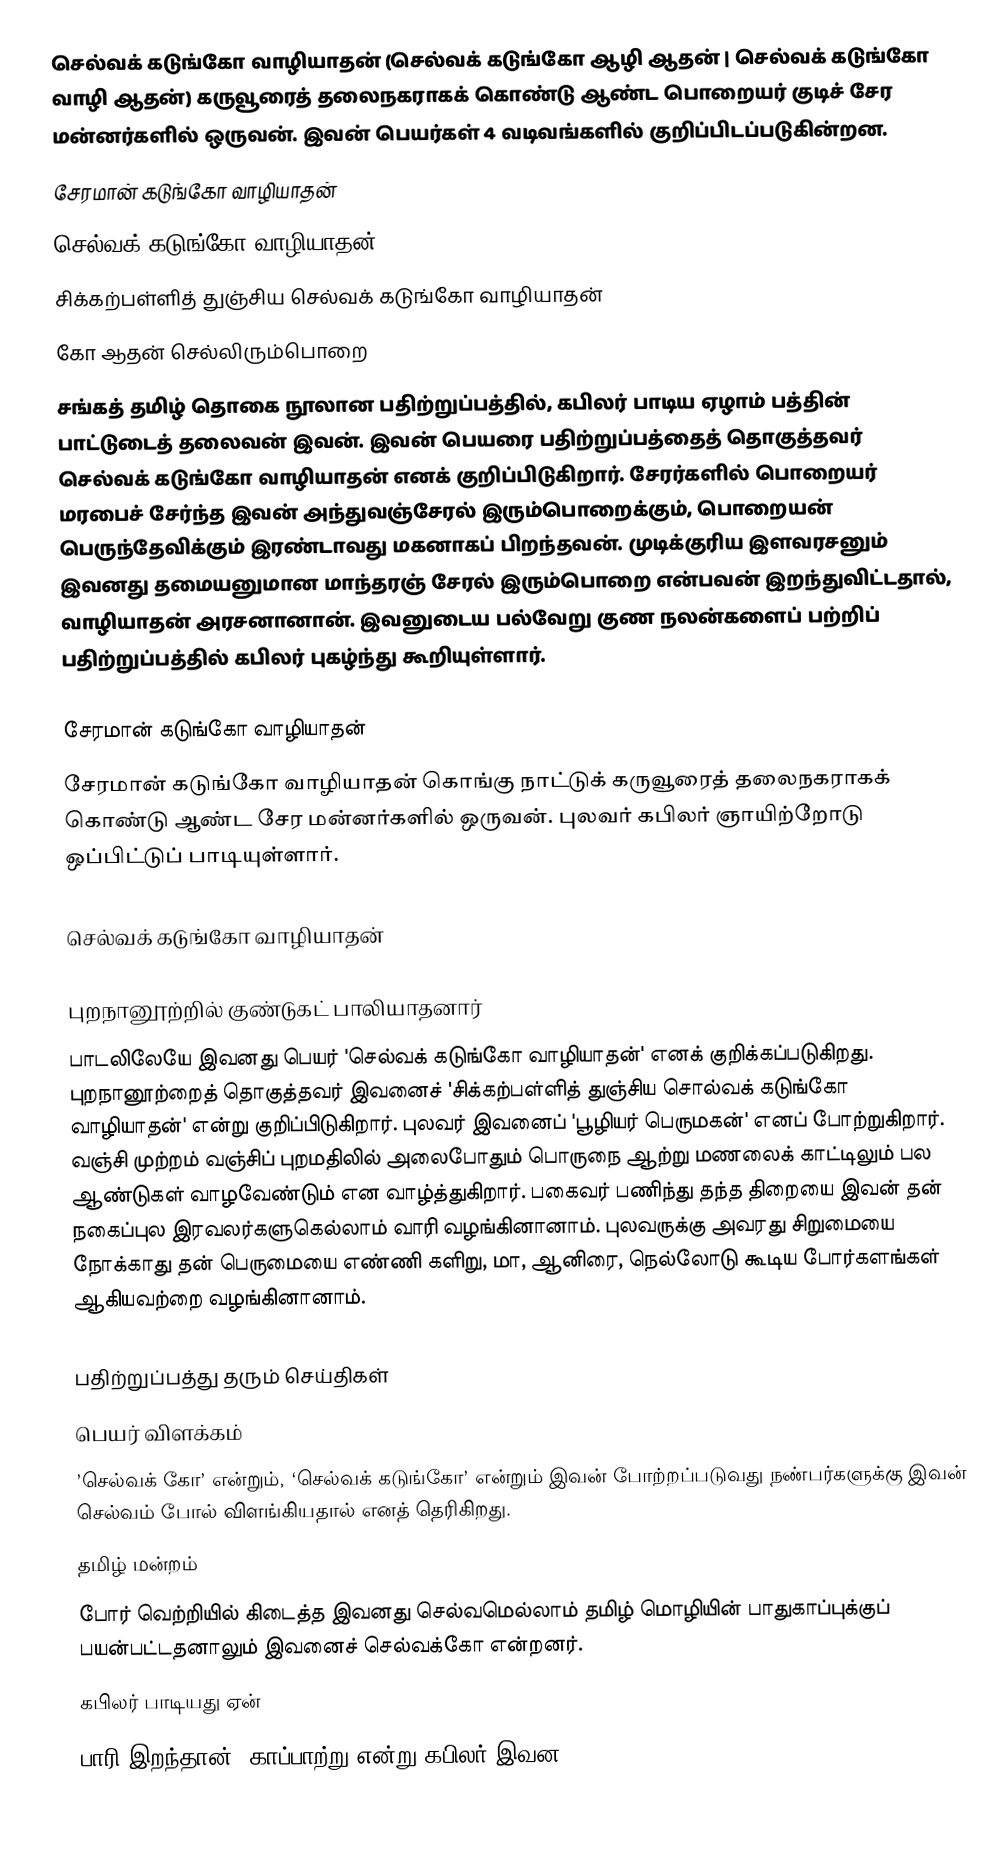
செல்வக் கடுங்கோ வாழியாதன் (செல்வக் கடுங்கோ ஆழி ஆதன் | செல்வக் கடுங்கோ வாழி ஆதன்) கருவூரைத் தலைநகராகக் கொண்டு ஆண்ட பொறையர் குடிச் சேர மன்னர்களில் ஒருவன். இவன் பெயர்கள் 4 வடிவங்களில் குறிப்பிடப்படுகின்றன.
 சேரமான் கடுங்கோ வாழியாதன்
 செல்வக் கடுங்கோ வாழியாதன்
 சிக்கற்பள்ளித் துஞ்சிய செல்வக் கடுங்கோ வாழியாதன்
 கோ ஆதன் செல்லிரும்பொறை
சங்கத் தமிழ் தொகை நூலான பதிற்றுப்பத்தில், கபிலர் பாடிய ஏழாம் பத்தின் பாட்டுடைத் தலைவன் இவன். இவன் பெயரை பதிற்றுப்பத்தைத் தொகுத்தவர் செல்வக் கடுங்கோ வாழியாதன் எனக் குறிப்பிடுகிறார். சேரர்களில் பொறையர் மரபைச் சேர்ந்த இவன் அந்துவஞ்சேரல் இரும்பொறைக்கும், பொறையன் பெருந்தேவிக்கும் இரண்டாவது மகனாகப் பிறந்தவன். முடிக்குரிய இளவரசனும் இவனது தமையனுமான மாந்தரஞ் சேரல் இரும்பொறை என்பவன் இறந்துவிட்டதால், வாழியாதன் அரசனானான்.  இவனுடைய பல்வேறு குண நலன்களைப் பற்றிப் பதிற்றுப்பத்தில் கபிலர் புகழ்ந்து கூறியுள்ளார்.

சேரமான் கடுங்கோ வாழியாதன்
சேரமான் கடுங்கோ வாழியாதன் கொங்கு நாட்டுக் கருவூரைத் தலைநகராகக் கொண்டு ஆண்ட சேர மன்னர்களில் ஒருவன். புலவர் கபிலர் ஞாயிற்றோடு ஒப்பிட்டுப் பாடியுள்ளார்.

செல்வக் கடுங்கோ வாழியாதன்

புறநானூற்றில் குண்டுகட் பாலியாதனார்
பாடலிலேயே இவனது பெயர் 'செல்வக் கடுங்கோ வாழியாதன்' எனக் குறிக்கப்படுகிறது. புறநானூற்றைத் தொகுத்தவர் இவனைச் 'சிக்கற்பள்ளித் துஞ்சிய சொல்வக் கடுங்கோ வாழியாதன்' என்று குறிப்பிடுகிறார். புலவர் இவனைப் 'பூழியர் பெருமகன்' எனப் போற்றுகிறார். வஞ்சி முற்றம் வஞ்சிப் புறமதிலில் அலைபோதும் பொருநை ஆற்று மணலைக் காட்டிலும் பல ஆண்டுகள் வாழவேண்டும் என வாழ்த்துகிறார். பகைவர் பணிந்து தந்த திறையை இவன் தன் நகைப்புல இரவலர்களுகெல்லாம் வாரி வழங்கினானாம். புலவருக்கு அவரது சிறுமையை நோக்காது தன் பெருமையை எண்ணி களிறு, மா, ஆனிரை, நெல்லோடு கூடிய போர்களங்கள் ஆகியவற்றை வழங்கினானாம்.

பதிற்றுப்பத்து தரும் செய்திகள்
பெயர் விளக்கம்
’செல்வக் கோ’ என்றும்,  ‘செல்வக் கடுங்கோ’ என்றும்  இவன் போற்றப்படுவது நண்பர்களுக்கு இவன் செல்வம் போல் விளங்கியதால் எனத் தெரிகிறது.
தமிழ் மன்றம்
போர் வெற்றியில் கிடைத்த இவனது செல்வமெல்லாம் தமிழ் மொழியின் பாதுகாப்புக்குப் பயன்பட்டதனாலும் இவனைச் செல்வக்கோ என்றனர்.
கபிலர் பாடியது ஏன்
பாரி இறந்தான், காப்பாற்று என்று கபிலர் இவன